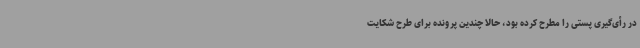
در رأی‌گیری پستی را مطرح کرده بود، حالا چندین پرونده برای طرح شکایت